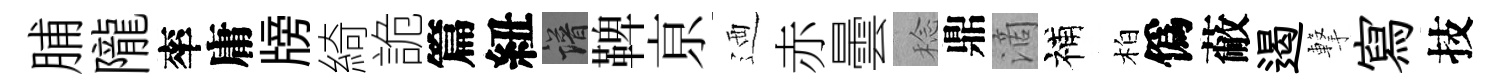
脯隴率庸牓綺詭篇紐譜鞞亰迺赤曇稔鼎滴補柏僞蔽遏撃寫技